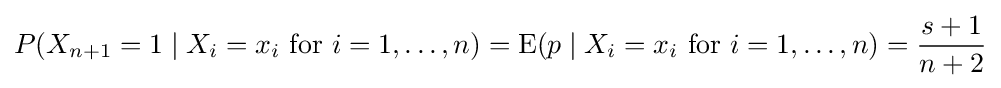
P(X_{n+1}=1\mid X_{i}=x_{i}{\text{ for }}i=1,\dots ,n)=\operatorname {E} (p\mid X_{i}=x_{i}{\text{ for }}i=1,\dots ,n)={s+1 \over n+2}